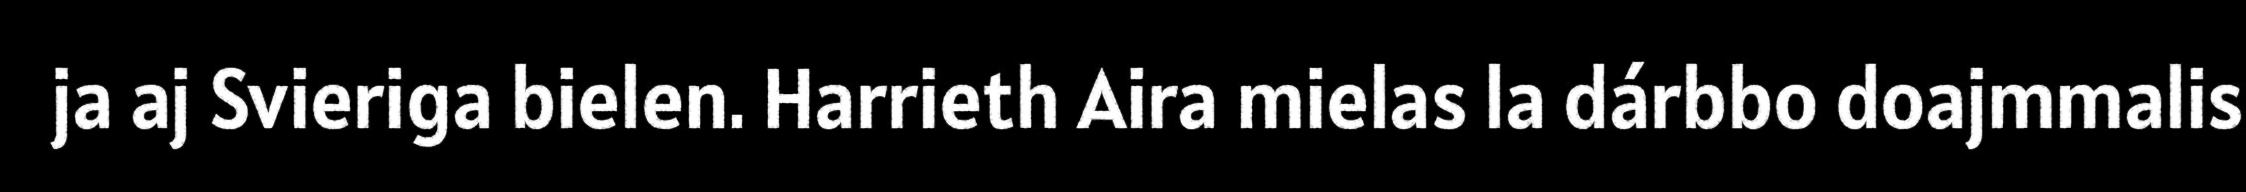
ja aj Svieriga bielen. Harrieth Aira mielas la dárbbo doajmmalis